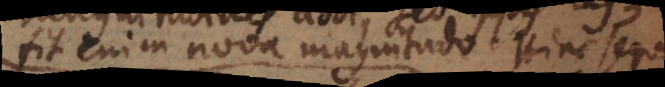
fit enim nova magnitudo. Hinc se